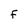
Character: F